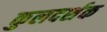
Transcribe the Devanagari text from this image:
कुलदर्शक